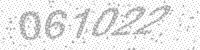
Solution: 061022